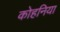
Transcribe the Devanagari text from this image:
कोहनिया